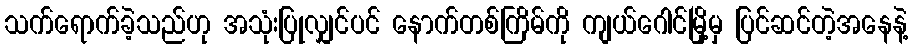
သက်ရောက်ခဲ့သည်ဟု အသုံးပြုလျှင်ပင် နောက်တစ်ကြိမ်ကို ကျယ်ဂေါင်မြို့မှ ပြင်ဆင်တဲ့အနေနဲ့